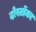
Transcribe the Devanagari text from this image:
दोस्तोंका